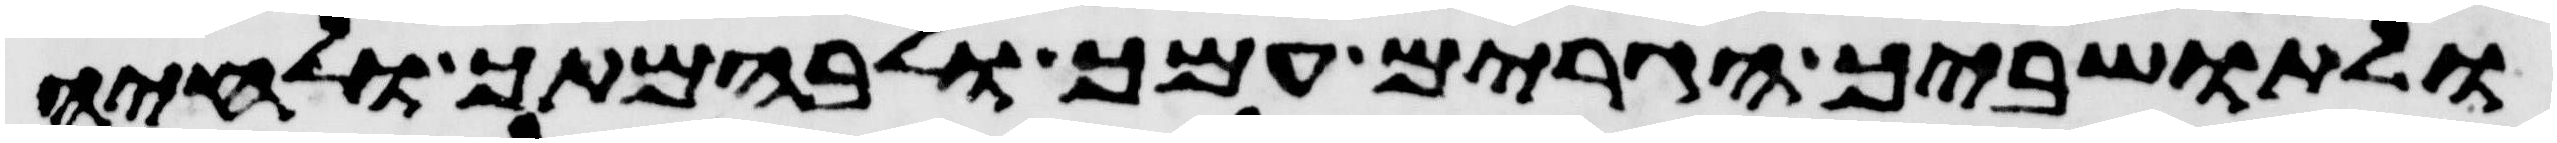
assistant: ולתושביך הגרים עמך ולבהמתך ולחיה